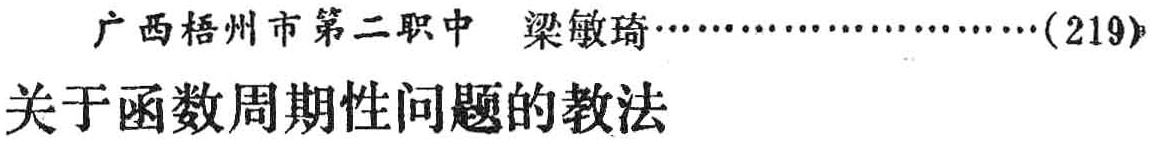
广西梧州市第二职中 梁敏琦\ldots\ldots\ldots\ldots\ldots\ldots(219)\\

关于函数周期性问题的教法